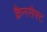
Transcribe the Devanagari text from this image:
क्रैनसैफ्ट